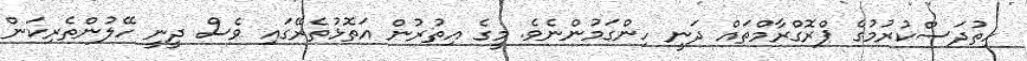
ހިތުދަސްކުރުމުގެ ޕްރޮގްރާމްތައް ދަނީ ހިންގަމުންނެވެ. މީގެ އިތުރުން އަތޮޅުތެރޭގައި ވެސް ދީނީ ހޭލުންތެރިކަން